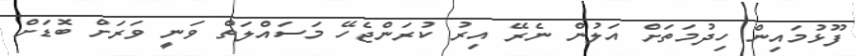
ފޫޅުމައިން ހިދުމަތަށް އަލުން ނެރޭ އިރު ކުރަންޖެހޭ މަސައްލަތް ވަނީ ވަރަށް ބޮޑަށް